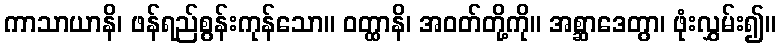
ကာသာယာနိ၊ ဖန်ရည်စွန်းကုန်သော။ ဝတ္ထာနိ၊ အဝတ်တို့ကို။ အစ္ဆာဒေတွာ၊ ဖုံးလွှမ်း၍။